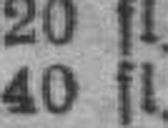
40 fl.